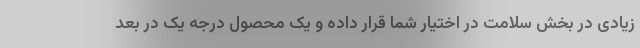
زیادی در بخش سلامت در اختیار شما قرار داده و یک محصول درجه یک در بعد